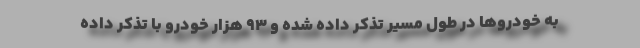
به خودروها در طول مسیر تذکر داده شده و ۹۳ هزار خودرو با تذکر داده